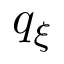
q _ { \xi }